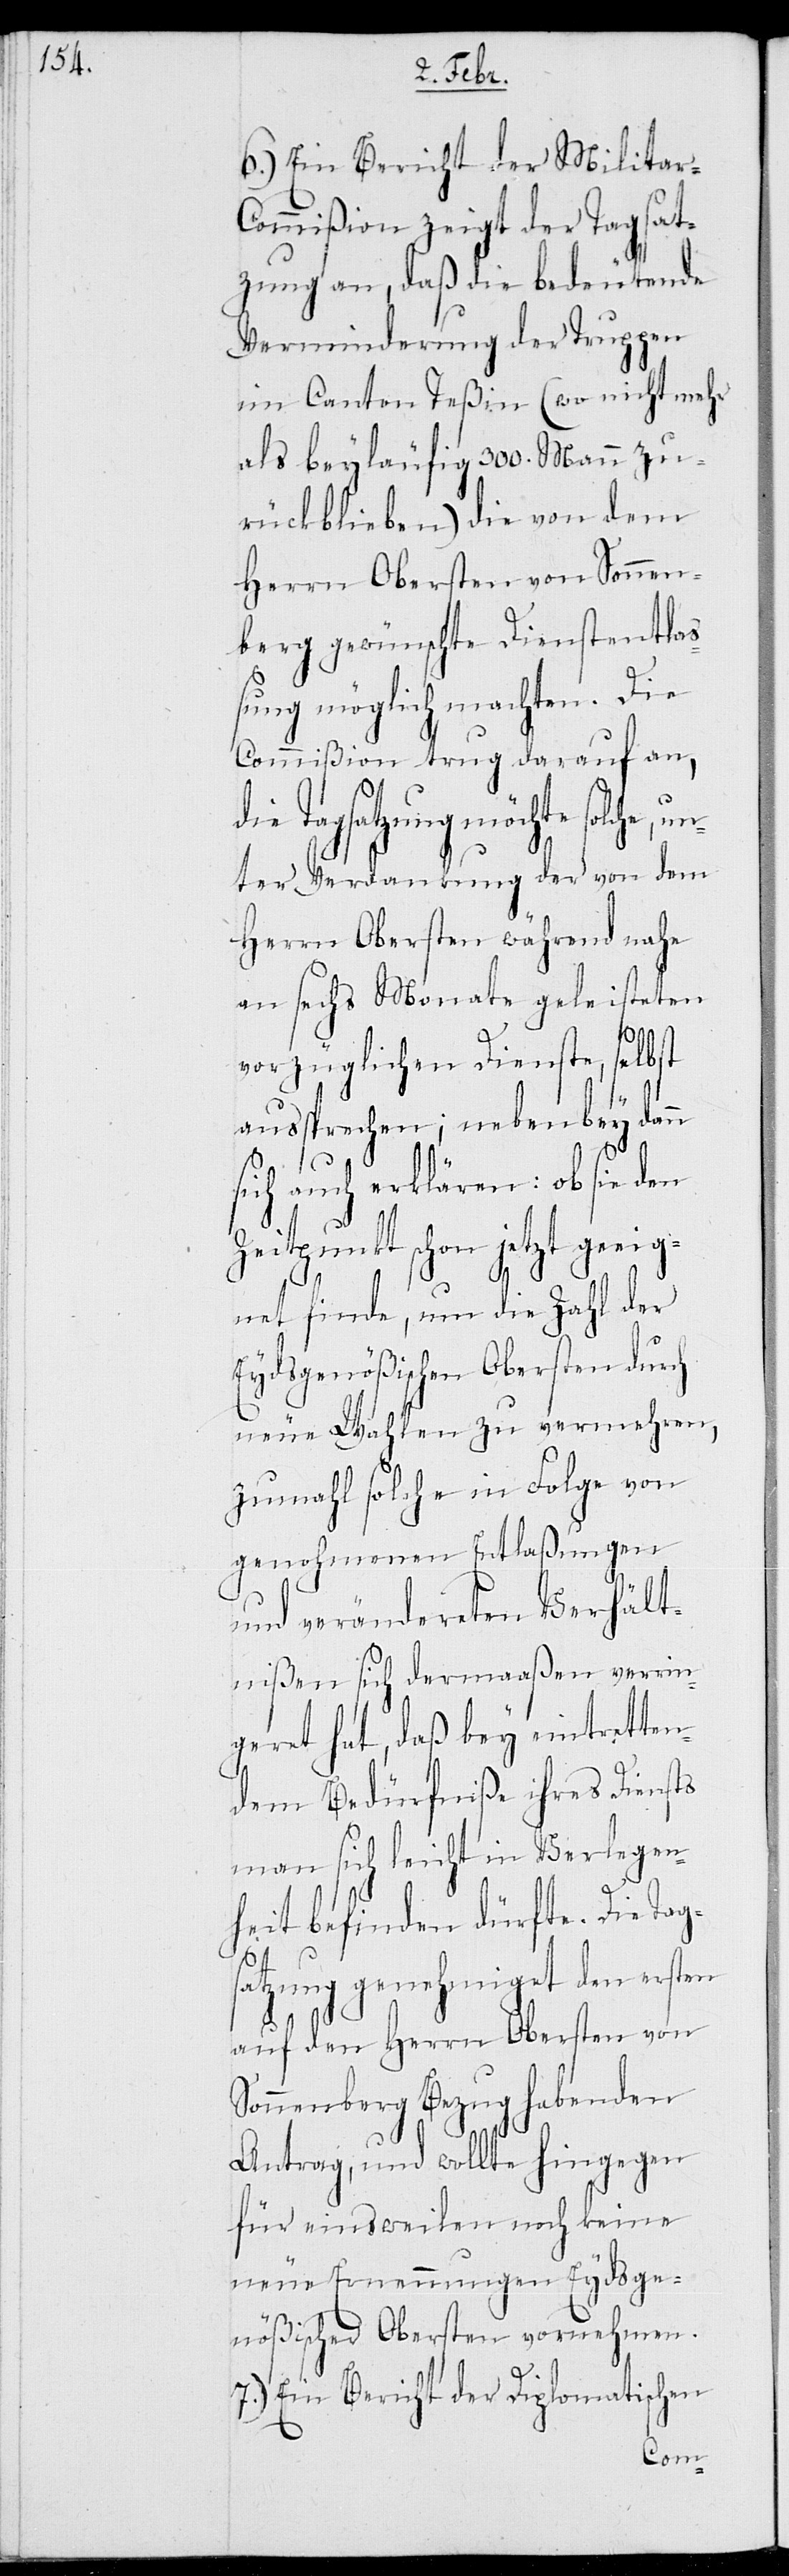
6.) Ein Bericht der Militar-C¬
ommißion zeigt der Tagsat¬
zung an, daß die bedeutende
Verminderung der Truppen
im Canton Teßin (wo nicht mehr
als beyläufig 300. Mann zu¬
rückblieben) die von dem
Herrn Obersten von Sonnen¬
berg gewünschte Dienstentla¬
ßung möglich machten. Die
Commißion trug darauf an,
Tagsatzung möchte solche,
unter Verdankung der von dem
Herrn Obersten während nahe
an sechs Monate geleisteten
vorzüglichen Dienste, selbst
aussprechen; nebenbey dann
sich auch erklären: ob sie den
Zeitpunkt schon jetzt geeig¬
net finde, um die Zahl der
Eydsgenößischen Obersten durch
neue Wahlen zu vermehren,
zumahl solche in Folge von
genohmenen Entlaßungen
und verändereten Verhält¬
nißen sich dermaaßen verrin¬
geret hat, daß bey eintretten¬
dem Bedürfniße ihres Diensts
man sich leicht in Verlegen¬
heit befinden dürfte. Die Tags¬
atzung genehmiget den ersten
auf den Herrn Obersten von
Sonnenberg Bezug habenden
Antrag, und wollte hingegen
für einsweilen noch keine
neue Ernennungen Eydsge¬
nößischer Obersten vornehmen.
7.) Ein Bericht der Diplomatischen